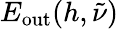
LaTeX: E_{\mathrm{out}}(h,\tilde{\nu})